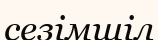
сезімшіл